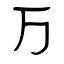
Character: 万